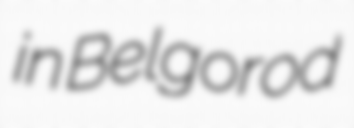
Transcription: in Belgorod